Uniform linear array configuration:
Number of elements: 4
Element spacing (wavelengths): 0.75
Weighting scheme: exponential
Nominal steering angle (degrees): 45
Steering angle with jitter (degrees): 43.031
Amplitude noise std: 0.05
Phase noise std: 0.05

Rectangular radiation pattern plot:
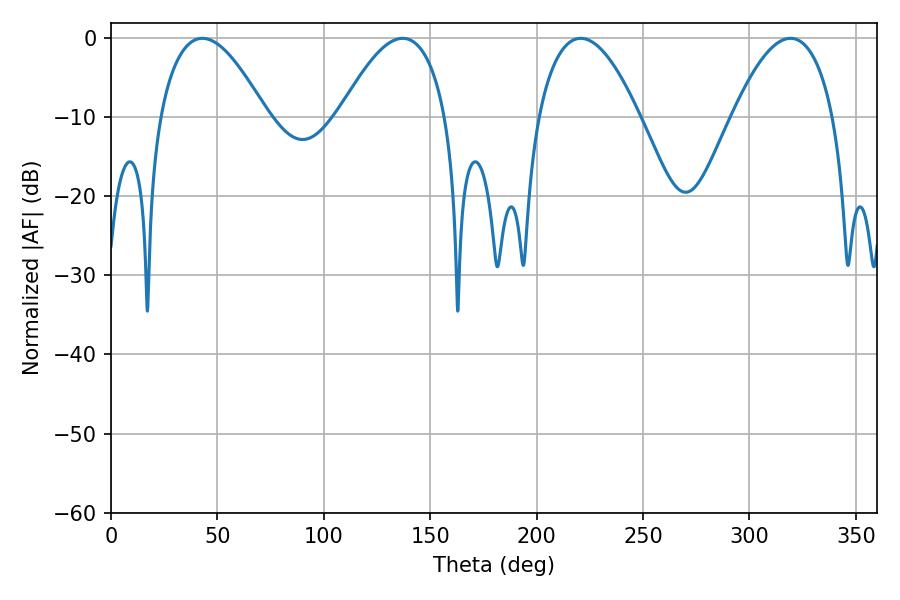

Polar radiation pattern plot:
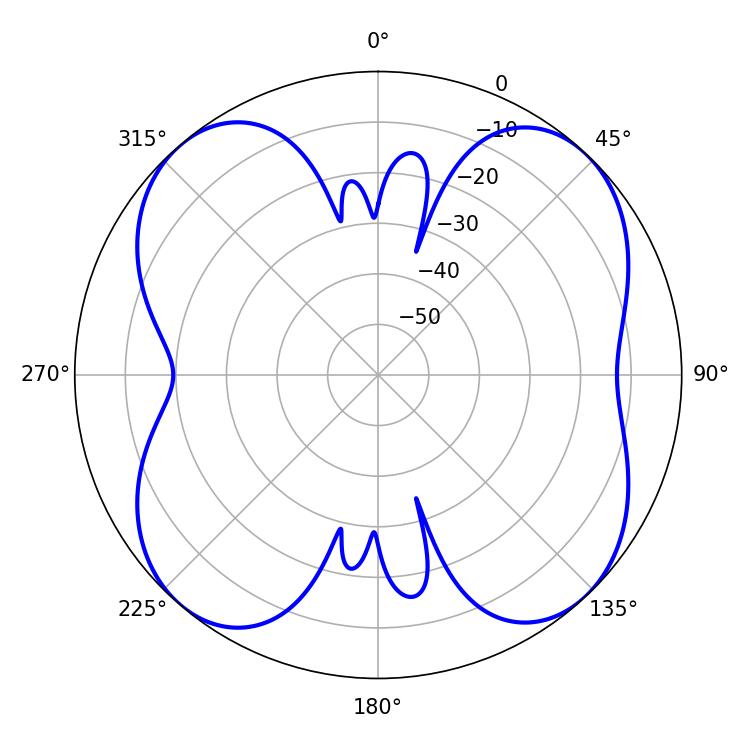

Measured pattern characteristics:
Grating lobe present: TRUE
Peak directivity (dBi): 13.585
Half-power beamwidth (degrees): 26.28
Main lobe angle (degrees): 220.68